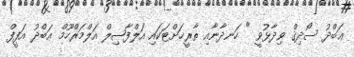
ޢަބްދު ސޯދިޤް ވިދާޅުވީ " ހަނދާނާއި ތާރީޚަށްޓަކައި އަލްފާޟިލް އަލްމަރްހޫމް ޢަބްދު އަފީފް